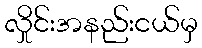
လှိုင်းအနည်းငယ်မှ